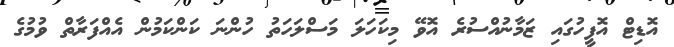
އޮޑިޓް އޮފީހުގައި ޒަމާނުއްސުރެ އޮވޭ މިކަހަލަ މަސްލަހަތު ހުންނަ ކަންކަމުން އެއްފަރާތް ވުމުގެ